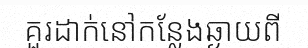
គួរដាក់នៅកន្លែងឆ្ងាយពី